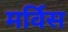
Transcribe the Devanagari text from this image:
मर्विस